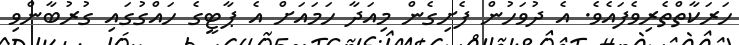
ހަރަކާތްތެރިވެފައެވެ. އެ ދުވަހުން ފެށިގެން މިއަދާ ހަމައަށް އެ ޕާޓީގެ ހައްގުގައި ގުރުބާންވި